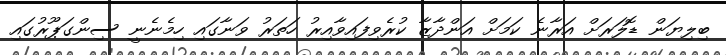
ބިލިޔަން ޑޮލަރަށް އަރާނެ ކަމަށް އަންދާޒާ ކުރެވިފައިވާއިރު ހަތަރު ވަނާގައި ހިމެނެނީ ސިންގަޕޫރުގައި